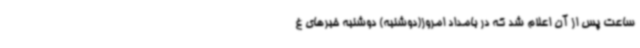
ساعت پس از آن اعلام شد که در بامداد امروز(دوشنبه) دوشنبه خبرهای غ